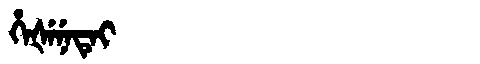
Manchu: ᡥᡝᡧᡝᠨᡝᡨᡝᡳ
Romanization: HEŠENETEI